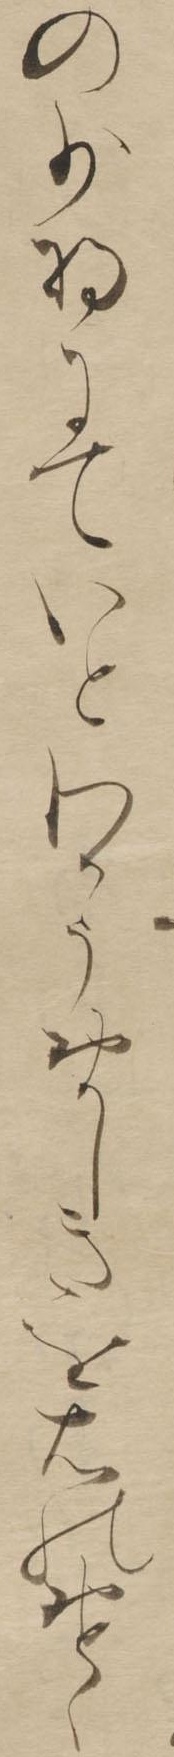
の少将にていとわかうおかしきを右のおとゝ